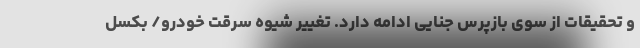
و تحقیقات از سوی بازپرس جنایی ادامه دارد. تغییر شیوه سرقت خودرو/ بکسل